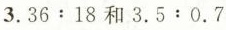
3.36:18和3.5:0.74